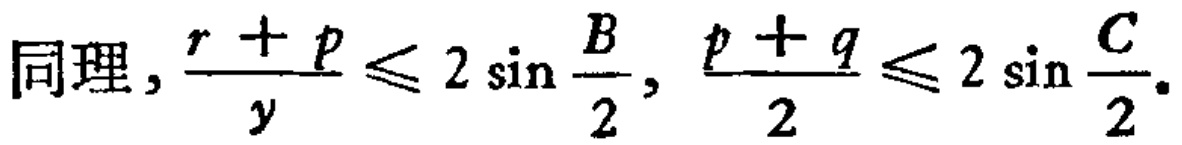
同理, $\frac{r + p}{y} \leq 2 \sin \frac{B}{2}$, $\frac{p + q}{2} \leq 2 \sin \frac{C}{2}$.